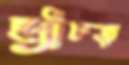
ছ্যাঁচড়